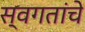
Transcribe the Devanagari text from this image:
स्वगतांचे